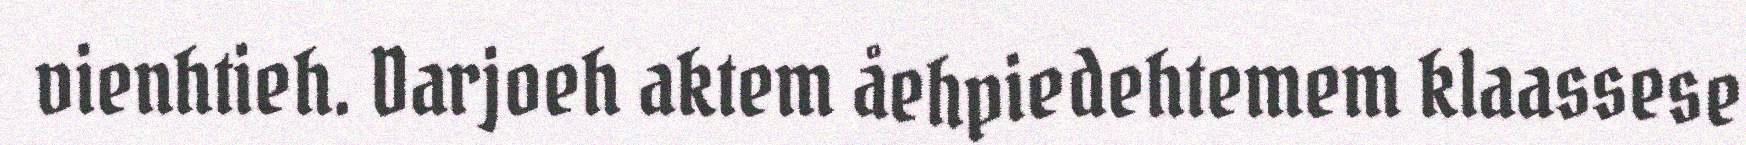
vienhtieh. Darjoeh aktem åehpiedehtemem klaassese